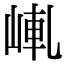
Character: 𡸗